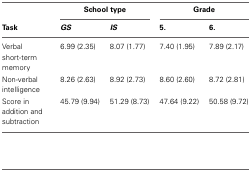
|  | <COLSPAN=2> School type | <COLSPAN=2> Grade |
 | Task | GS | IS | 5. | 6. |
 | --- | --- | --- | --- | --- |
 | Verbal short-term memory | 6.99 (2.35) | 8.07 (1.77) | 7.40 (1.95) | 7.89 (2.17) |
 | Non-verbal intelligence | 8.26 (2.63) | 8.92 (2.73) | 8.60 (2.60) | 8.72 (2.81) |
 | Score in addition and subtraction | 45.79 (9.94) | 51.29 (8.73) | 47.64 (9.22) | 50.58 (9.72) |